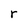
Character: r